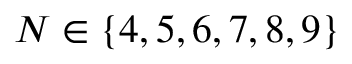
N \in \{ 4 , 5 , 6 , 7 , 8 , 9 \}